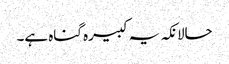
حالانکہ یہ کبیرہ گناہ ہے۔